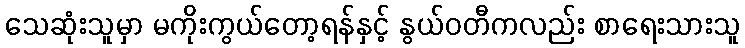
သေဆုံးသူမှာ မကိုးကွယ်တော့ရန်နှင့် နွယ်ဝတီကလည်း စာရေးသားသူ